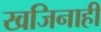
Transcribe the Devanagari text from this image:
खजिनाही